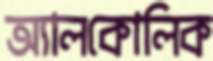
অ্যালকোলিক